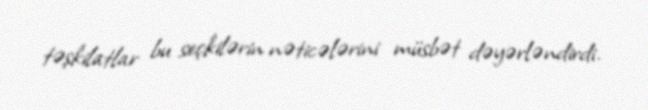
təşkilatlar bu seçkilərin nəticələrini müsbət dəyərləndirdi.